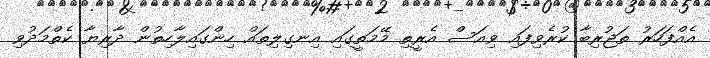
އެއްފަހަރު ތަޖުރިބާ ކުރެވިފައި ވިއަސް އެރީތި މޭމަތީގައި އިނގިލިތައް ހިންގައިލާހިތުން ދާރިޔާ ކެތްމަދުވި